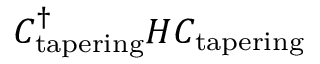
C _ { \mathrm { t a p e r i n g } } ^ { \dagger } H C _ { \mathrm { t a p e r i n g } }